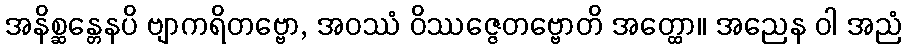
အနိစ္ဆန္တေနပိ ဗျာကရိတဗ္ဗော, အဝဿံ ဝိဿဇ္ဇေတဗ္ဗောတိ အတ္ထော။ အညေန ဝါ အညံ